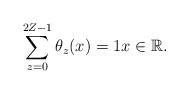
LaTeX: \begin{align*}\sum_{z=0}^{2Z-1}\theta_{z}(x)=1x\in\mathbb{R}.\end{align*}